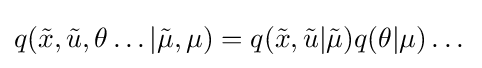
q({\tilde {x}},{\tilde {u}},\theta \dots \vert {\tilde {\mu }},\mu )=q({\tilde {x}},{\tilde {u}}\vert {\tilde {\mu }})q(\theta \vert \mu )\dots